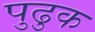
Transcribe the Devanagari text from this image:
पुढुक